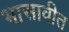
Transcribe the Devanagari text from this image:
भासावीत